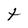
Character: t